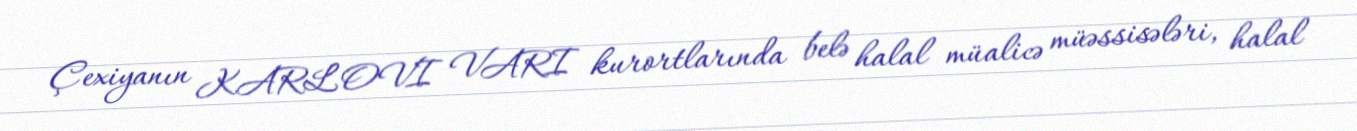
Çexiyanın KARLOVI VARI kurortlarında belə halal müalicə müəssisələri, halal